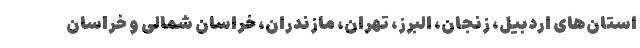
استان‌های اردبیل، زنجان، البرز، تهران، مازندران، خراسان شمالی و خراسان